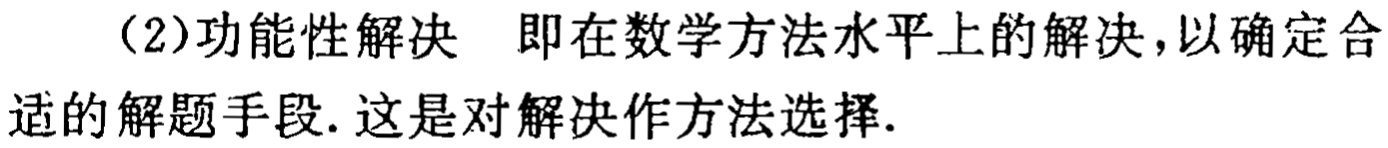
（2）功能性解决 即在数学方法水平上的解决，以确定合适的解题手段. 这是对解决作方法选择.